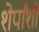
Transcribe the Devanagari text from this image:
शेर्पांशी